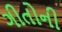
ગીતોની